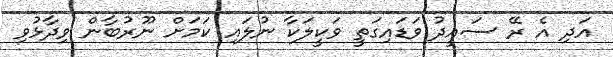
އަދި އެ ރޭ ސައީދު ވަޑައިގަތީ ވަކީލަކާ ނުލައި ކަމަށް ނޫރުބާން ވިދާޅުވި